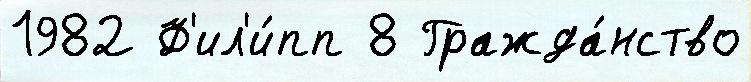
1982 Ф'ил'и́пп 8 Гражда́нство